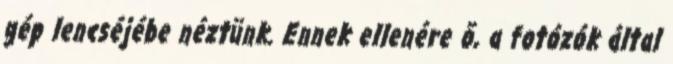
gép lencséjébe néztünk. Ennek ellenére õ, a fotózók által